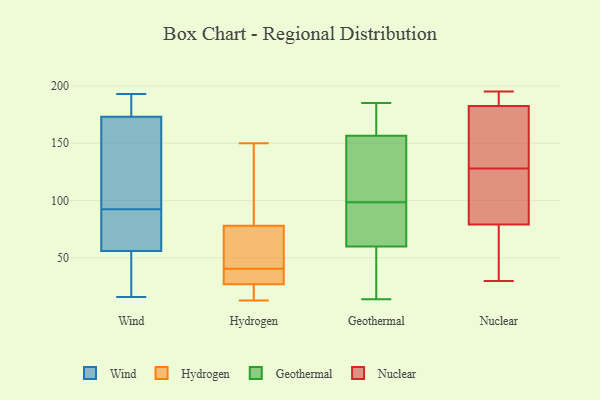
{"axis": {"x": "Budget (USD K)", "y": "Value"}, "legend": ["Geothermal", "Hydrogen", "Nuclear", "Wind"], "data": [{"x": "", "y": 56, "type": "Wind"}, {"x": "", "y": 82, "type": "Wind"}, {"x": "", "y": 39, "type": "Wind"}, {"x": "", "y": 47, "type": "Wind"}, {"x": "", "y": 85, "type": "Wind"}, {"x": "", "y": 159, "type": "Wind"}, {"x": "", "y": 193, "type": "Wind"}, {"x": "", "y": 187, "type": "Wind"}, {"x": "", "y": 179, "type": "Wind"}, {"x": "", "y": 91, "type": "Wind"}, {"x": "", "y": 94, "type": "Wind"}, {"x": "", "y": 32, "type": "Wind"}, {"x": "", "y": 173, "type": "Wind"}, {"x": "", "y": 16, "type": "Wind"}, {"x": "", "y": 127, "type": "Wind"}, {"x": "", "y": 76, "type": "Wind"}, {"x": "", "y": 180, "type": "Wind"}, {"x": "", "y": 160, "type": "Wind"}, {"x": "", "y": 55, "type": "Hydrogen"}, {"x": "", "y": 26, "type": "Hydrogen"}, {"x": "", "y": 20, "type": "Hydrogen"}, {"x": "", "y": 39, "type": "Hydrogen"}, {"x": "", "y": 33, "type": "Hydrogen"}, {"x": "", "y": 91, "type": "Hydrogen"}, {"x": "", "y": 28, "type": "Hydrogen"}, {"x": "", "y": 13, "type": "Hydrogen"}, {"x": "", "y": 65, "type": "Hydrogen"}, {"x": "", "y": 150, "type": "Hydrogen"}, {"x": "", "y": 42, "type": "Hydrogen"}, {"x": "", "y": 116, "type": "Hydrogen"}, {"x": "", "y": 181, "type": "Geothermal"}, {"x": "", "y": 17, "type": "Geothermal"}, {"x": "", "y": 156, "type": "Geothermal"}, {"x": "", "y": 47, "type": "Geothermal"}, {"x": "", "y": 127, "type": "Geothermal"}, {"x": "", "y": 177, "type": "Geothermal"}, {"x": "", "y": 94, "type": "Geothermal"}, {"x": "", "y": 167, "type": "Geothermal"}, {"x": "", "y": 89, "type": "Geothermal"}, {"x": "", "y": 103, "type": "Geothermal"}, {"x": "", "y": 42, "type": "Geothermal"}, {"x": "", "y": 25, "type": "Geothermal"}, {"x": "", "y": 157, "type": "Geothermal"}, {"x": "", "y": 73, "type": "Geothermal"}, {"x": "", "y": 95, "type": "Geothermal"}, {"x": "", "y": 82, "type": "Geothermal"}, {"x": "", "y": 14, "type": "Geothermal"}, {"x": "", "y": 102, "type": "Geothermal"}, {"x": "", "y": 147, "type": "Geothermal"}, {"x": "", "y": 185, "type": "Geothermal"}, {"x": "", "y": 30, "type": "Nuclear"}, {"x": "", "y": 105, "type": "Nuclear"}, {"x": "", "y": 148, "type": "Nuclear"}, {"x": "", "y": 47, "type": "Nuclear"}, {"x": "", "y": 194, "type": "Nuclear"}, {"x": "", "y": 104, "type": "Nuclear"}, {"x": "", "y": 128, "type": "Nuclear"}, {"x": "", "y": 39, "type": "Nuclear"}, {"x": "", "y": 186, "type": "Nuclear"}, {"x": "", "y": 181, "type": "Nuclear"}, {"x": "", "y": 183, "type": "Nuclear"}, {"x": "", "y": 195, "type": "Nuclear"}, {"x": "", "y": 71, "type": "Nuclear"}, {"x": "", "y": 120, "type": "Nuclear"}, {"x": "", "y": 172, "type": "Nuclear"}]}